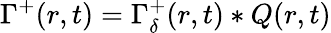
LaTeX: \Gamma^{+}(r,t)=\Gamma_{\delta}^{+}(r,t)\ast Q(r,t)